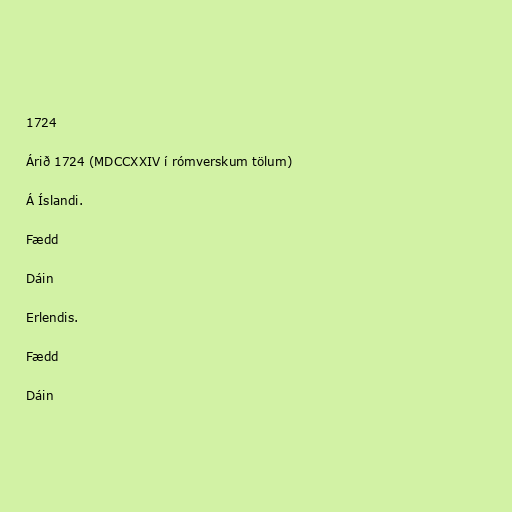
1724

Árið 1724 (MDCCXXIV í rómverskum tölum)

Á Íslandi.

Fædd

Dáin

Erlendis.

Fædd

Dáin